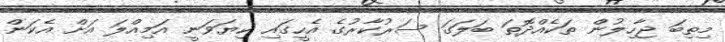
މިތިބަ ޖާހިލުން ތަކެއްދޮތަ ބަލަގަ ސަރުކާރުގެ އެހީގައި ކިޔަވަނީ އަމިއްލަ އަށް އެކަން